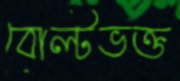
বোল্টভক্ত